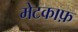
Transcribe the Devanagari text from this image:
मेटकाफ़